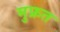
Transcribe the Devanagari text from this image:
मुफ्रत